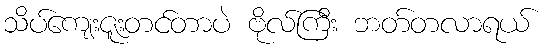
သိပ်ကျေးဇူးတင်တာပဲ ဗိုလ်ကြီး ဘတ်တလာရယ်